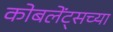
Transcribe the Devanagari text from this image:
कोबलेंट्सच्या